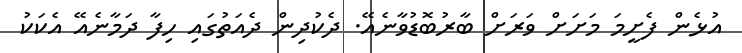
އުޅެން ފެށީމަ މަށަށް ވަރަށް ބާރުބޮޑުވާނެއޭ. ދެކުދިން ދެއަތުގައި ހިފާ ދަމާނެއޭ އެކަކު